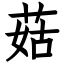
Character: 菇